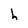
Character: h